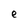
Character: e